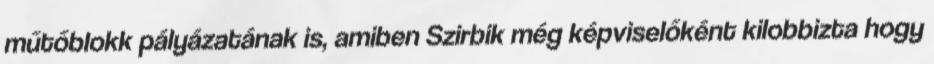
műtőblokk pályázatának is, amiben Szirbik még képviselőként kilobbizta hogy